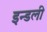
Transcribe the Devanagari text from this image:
इन्डली